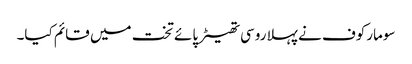
سومارکوف نے پہلا روسی تھیٹر پائے تخت میں قائم کیا۔